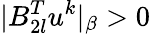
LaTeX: |B_{2l}^{T}u^{k}|_{\beta}>0